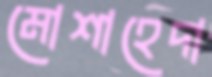
মোশাহেদা